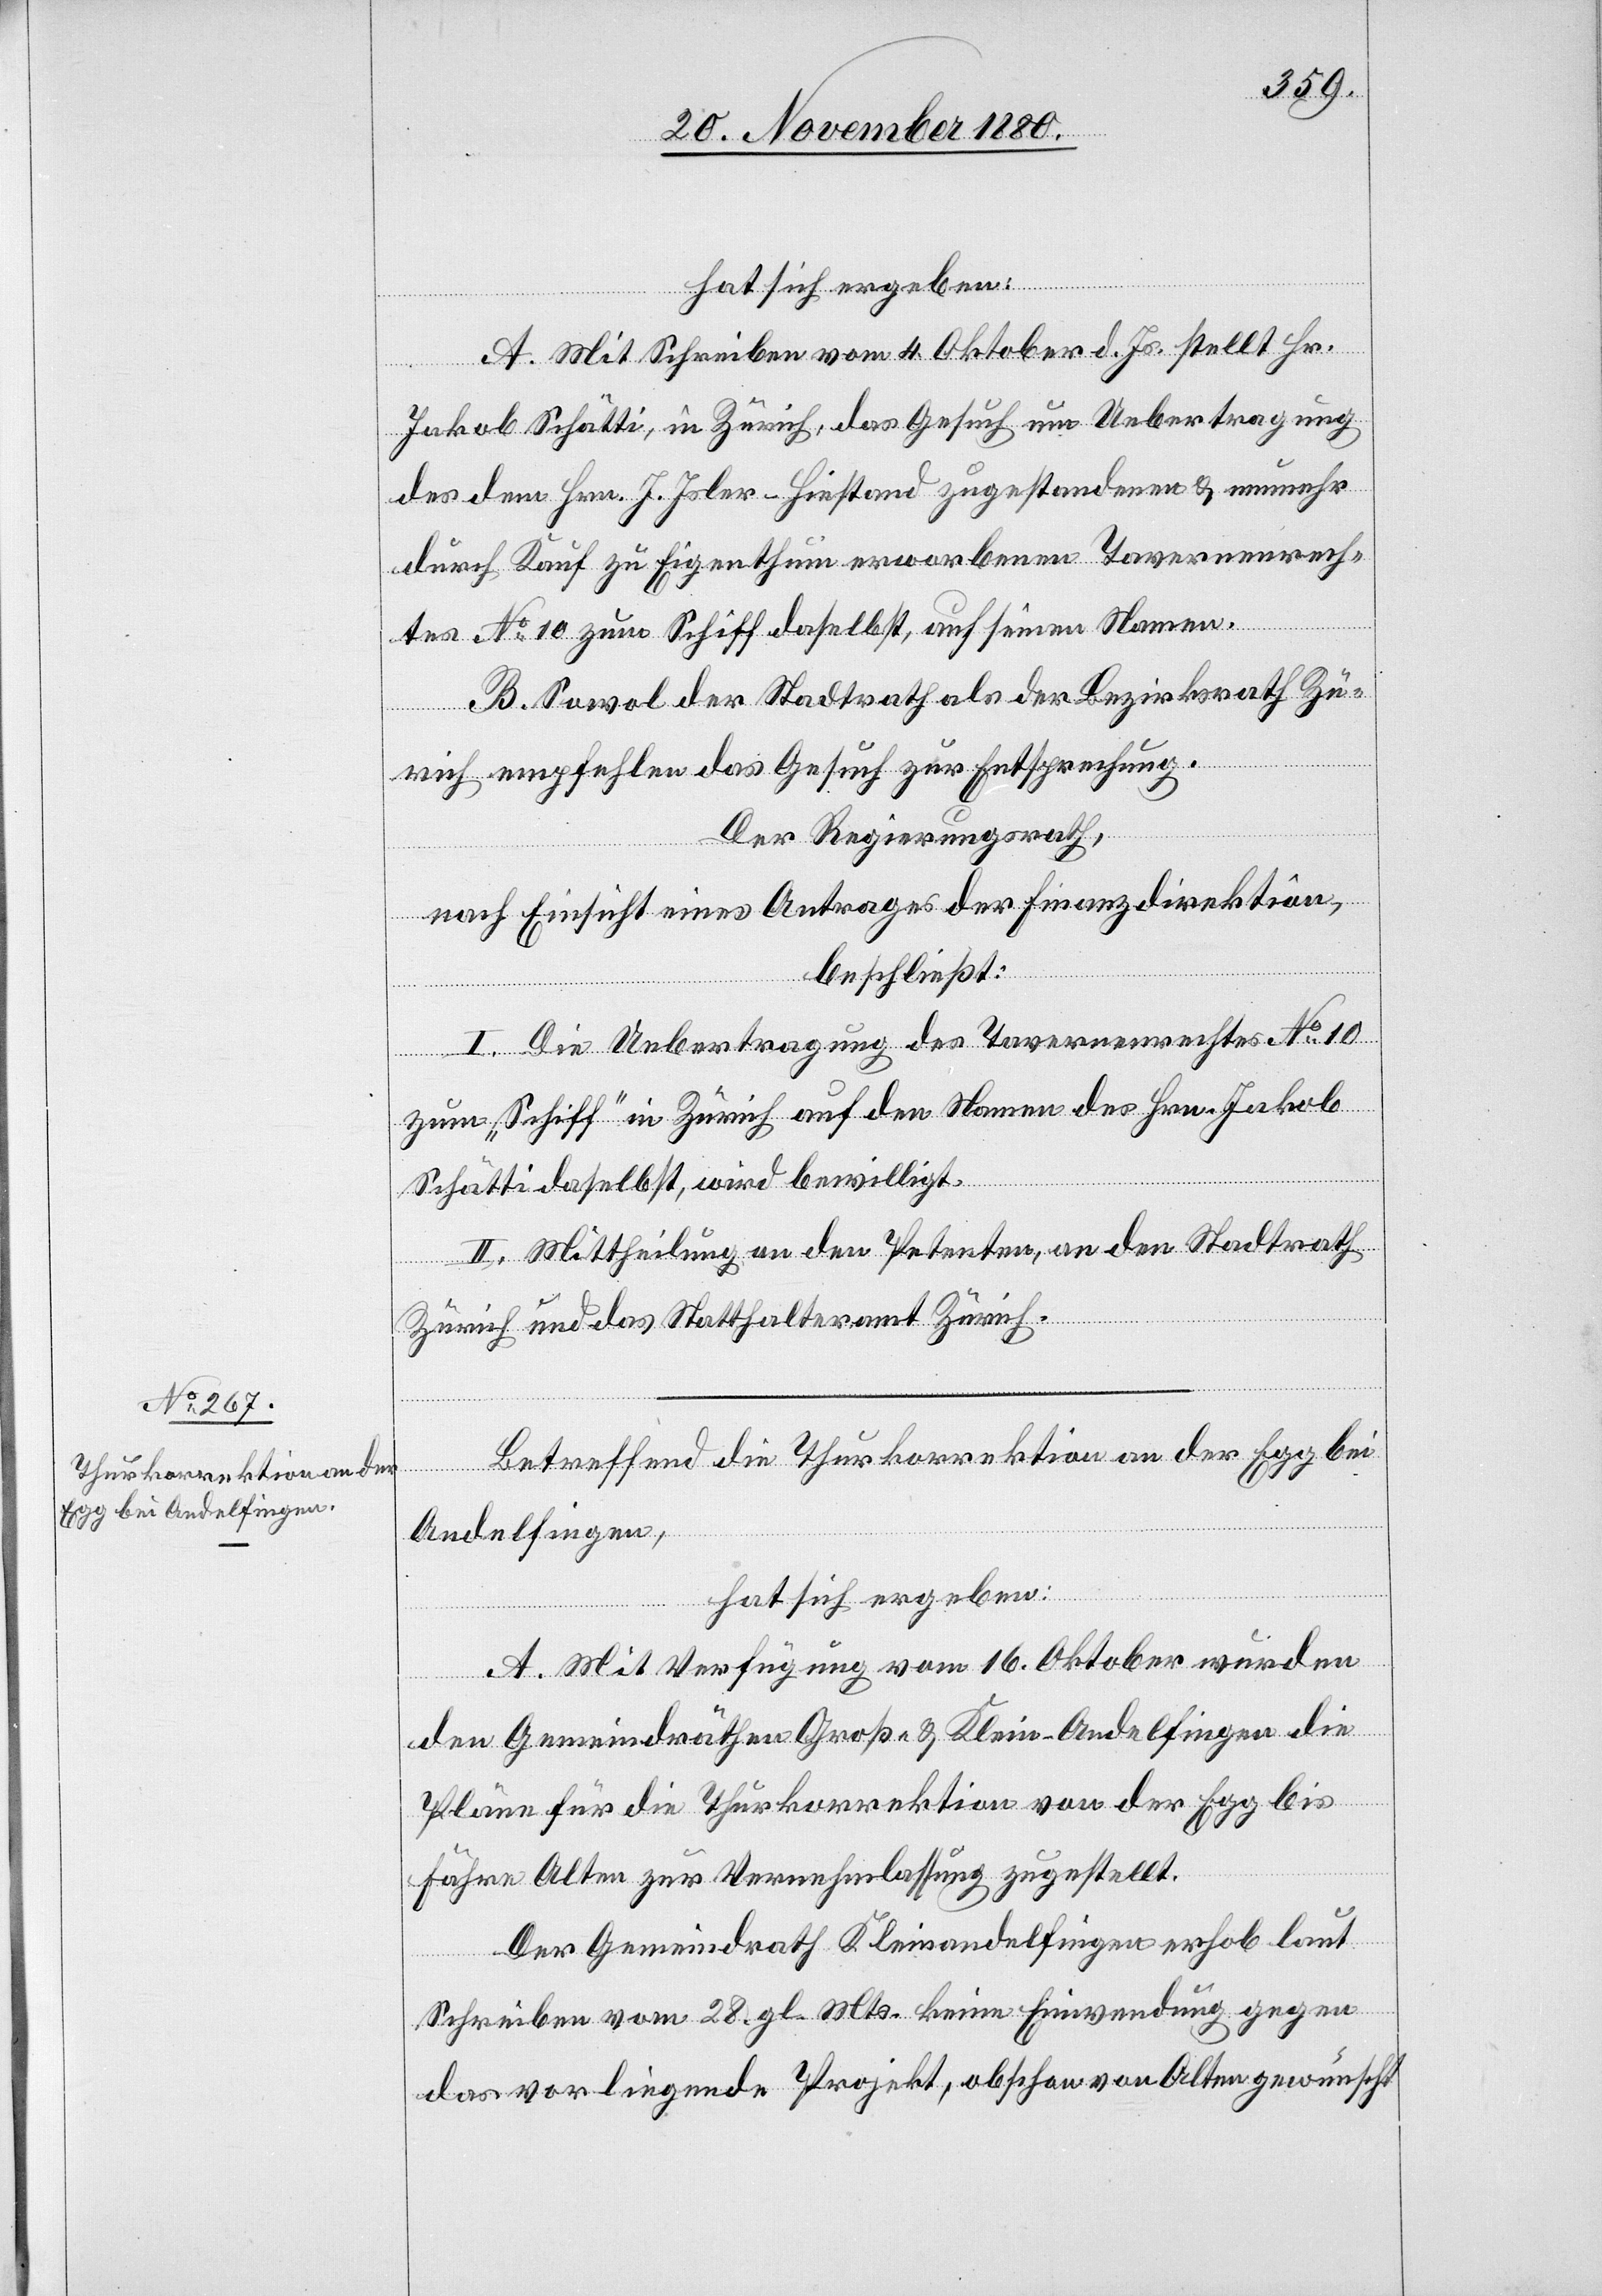
hat sich ergeben:
A. Mit Schreiben vom 4. Oktober d. Js. stellt Hr.
Jakob Schätti, in Zürich, das Gesuch um Uebertragung
des dem Hrn. J. Isler-Hiestand zugestandenen & nunmehr
durch Kauf zu Eigenthum erworbenen Tavernenrech¬
tes No 10 zum Schiff daselbst, auf seinen Namen.
B. Sowol der Stadtrath als der Bezirksrath Zü¬
rich empfehlen das Gesuch zur Entsprechung.
Der Regierungsrath,
nach Einsicht eines Antrages der Finanzdirektion,
beschließt:
I. Die Uebertragung des Tavernenrechtes No 10
zum „Schiff“ in Zürich auf den Namen des Hrn. Jakob
Schätti daselbst, wird bewilligt.
II. Mittheilung an den Petenten, an den Stadtrath
Zürich und das Statthalteramt Zürich.
Betreffen die Thurkorrektion an der Egg bei
Andelfingen,
hat sich ergeben:
A. Mit Verfügung vom 16. Oktober wurden
den Gemeindräthen Groß- & Klein-Andelfingen die
Pläne für die Thurkorrektion von der Egg bis
Fähre Alten zur Vernehmlassung zugestellt.
Der Gemeindrath Kleinandelfingen erhob laut
Schreiben vom 28. gl. Mts. keine Einwendung gegen
das vorliegende Projekt, obschon von Alten gewünscht